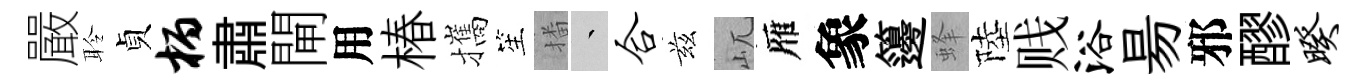
嚴聆貞柄肅閘用椿攜笙播叢合兹屼雁象籩蜂陸贱浴昜邪醪暌